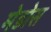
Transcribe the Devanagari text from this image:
मेडोस